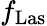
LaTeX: f_{\mathrm{Las}}